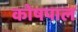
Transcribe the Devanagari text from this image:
कोषपाल